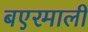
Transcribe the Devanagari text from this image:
बएरमाली